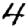
Digit: 4